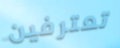
تعترفين